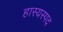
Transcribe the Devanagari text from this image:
हास्यस्पद